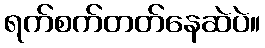
ရက်စက်တတ်နေဆဲပဲ။